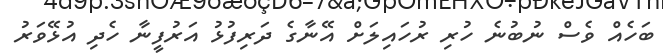
ބަހެއް ވެސް ނުބުނެ ހުރި ރުހައިލަށް އޭނާގެ ދަރިފުޅު އަރުފީނާ ހެދި އުޅޭވަރު